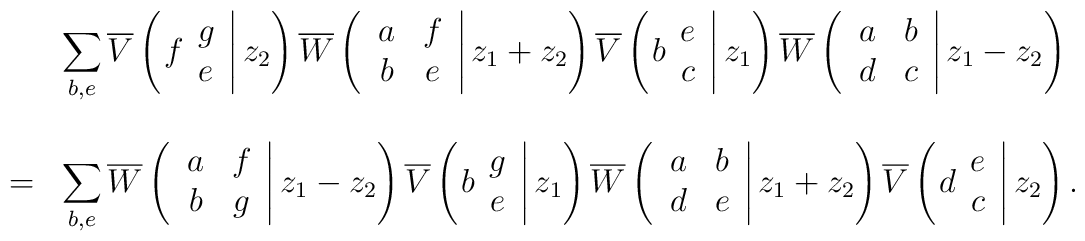
\begin{array}{cl}&\displaystyle\sum_{b,e} \overline{V}\left( \left. f \begin{array}{c} g \\ e \end{array} \right| z_2 \right)\overline{W}\left( \left. \begin{array}{cc} a & f \\ b & e \end{array} \right| z_1 +z_2 \right)\overline{V}\left( \left. b \begin{array}{c} e \\ c \end{array} \right| z_1 \right) \overline{W}\left( \left. \begin{array}{cc} a & b \\ d & c \end{array} \right| z_1 -z_2 \right) \\\\=& \displaystyle\sum_{b,e} \overline{W}\left( \left. \begin{array}{cc} a & f \\ b & g \end{array} \right| z_1 -z_2 \right)\overline{V}\left( \left. b \begin{array}{c} g \\ e \end{array} \right| z_1 \right)\overline{W}\left( \left. \begin{array}{cc} a & b \\ d & e \end{array} \right| z_1 +z_2 \right)\overline{V}\left( \left. d \begin{array}{c} e \\ c \end{array} \right| z_2 \right). \end{array}